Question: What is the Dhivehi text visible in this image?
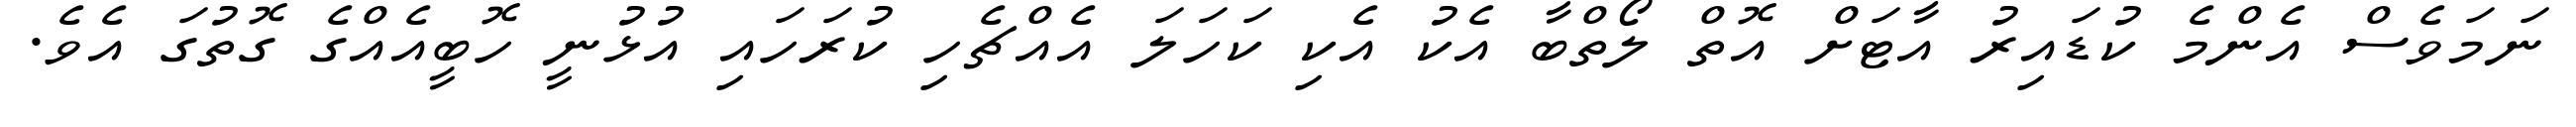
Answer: ނަމަވެސް އެންމެ ކުޑައިރު އާޓަށް އޮތް ލޯތްބާ އެކު އެކި ކަހަލަ އެއްޗެހި ކުރަހައި އުޅުނީ ހޮބީއެއްގެ ގޮތުގަ އެވެ.